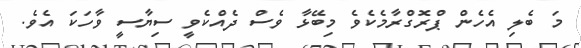
މަ ބެލި އެހެން ޕްރޮގްރާމެކެވެ މިބޭޅާ ވެސް ދެއްކެވީ ސިޔާސީ ވާހަކަ އެވެ.